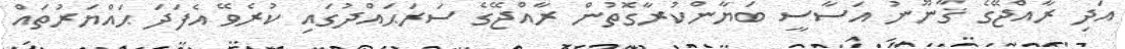
އަދި ރާއްޖޭގެ ޤާނޫނު އަސާސީ ބަޔާންކުރާގޮތުން ރާއްޖޭގެ ސަރަޙައްދުގައި ކުރެވޭ އެފަދަ ޙައްޔަރުތައް